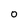
Character: 0